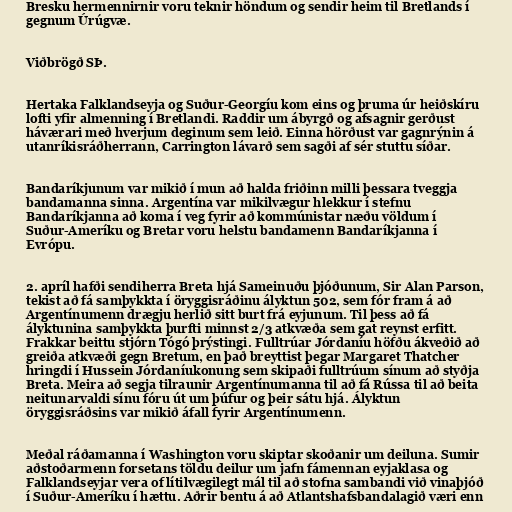
Bresku hermennirnir voru teknir höndum og sendir heim til Bretlands í
gegnum Úrúgvæ.

Viðbrögð SÞ.

Hertaka Falklandseyja og Suður-Georgíu kom eins og þruma úr heiðskíru
lofti yfir almenning í Bretlandi. Raddir um ábyrgð og afsagnir gerðust
háværari með hverjum deginum sem leið. Einna hörðust var gagnrýnin á
utanríkisráðherrann, Carrington lávarð sem sagði af sér stuttu síðar.

Bandaríkjunum var mikið í mun að halda friðinn milli þessara tveggja
bandamanna sinna. Argentína var mikilvægur hlekkur í stefnu
Bandaríkjanna að koma í veg fyrir að kommúnistar næðu völdum í
Suður-Ameríku og Bretar voru helstu bandamenn Bandaríkjanna í
Evrópu.

2. apríl hafði sendiherra Breta hjá Sameinuðu þjóðunum, Sir Alan Parson,
tekist að fá samþykkta í öryggisráðinu ályktun 502, sem fór fram á að
Argentínumenn drægju herlið sitt burt frá eyjunum. Til þess að fá
ályktunina samþykkta þurfti minnst 2/3 atkvæða sem gat reynst erfitt.
Frakkar beittu stjórn Tógó þrýstingi. Fulltrúar Jórdaníu höfðu ákveðið að
greiða atkvæði gegn Bretum, en það breyttist þegar Margaret Thatcher
hringdi í Hussein Jórdaníukonung sem skipaði fulltrúum sínum að styðja
Breta. Meira að segja tilraunir Argentínumanna til að fá Rússa til að beita
neitunarvaldi sínu fóru út um þúfur og þeir sátu hjá. Ályktun
öryggisráðsins var mikið áfall fyrir Argentínumenn.

Meðal ráðamanna í Washington voru skiptar skoðanir um deiluna. Sumir
aðstoðarmenn forsetans töldu deilur um jafn fámennan eyjaklasa og
Falklandseyjar vera of lítilvægilegt mál til að stofna sambandi við vinaþjóð
í Suður-Ameríku í hættu. Aðrir bentu á að Atlantshafsbandalagið væri enn